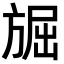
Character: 𭤾